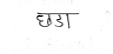
मजकूर: छडा